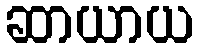
ဆာယာယ